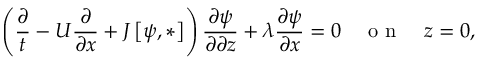
\left( \frac { \partial } { t } - U \frac { \partial } { \partial x } + J \left[ \psi , * \right] \right) \frac { \partial \psi } { \partial \partial z } + \lambda \frac { \partial \psi } { \partial x } = 0 \quad \textrm { o n } \quad z = 0 ,